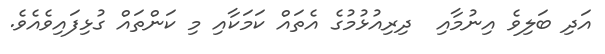
އަދި ބަލިވެ އިނުމާއި  ދިރިއުޅުމުގެ އެތައް ކަމަކާއި މި ކަންތައް ގުޅިފައިވެއެވެ.